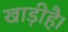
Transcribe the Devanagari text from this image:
खाड़ीहै।